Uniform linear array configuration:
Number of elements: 24
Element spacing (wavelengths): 1
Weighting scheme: hamming
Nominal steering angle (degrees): -15
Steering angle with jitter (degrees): -15.072
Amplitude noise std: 0.05
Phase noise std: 0.05

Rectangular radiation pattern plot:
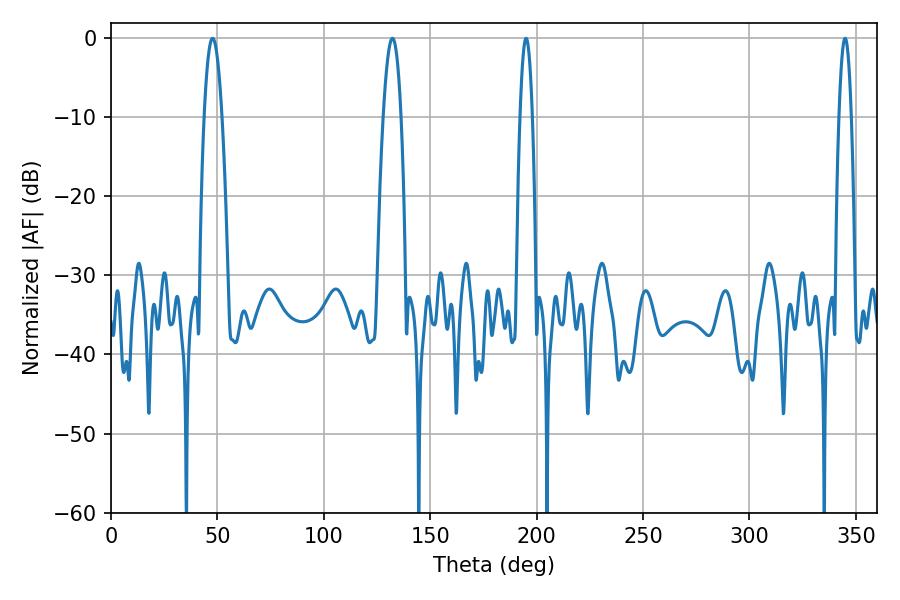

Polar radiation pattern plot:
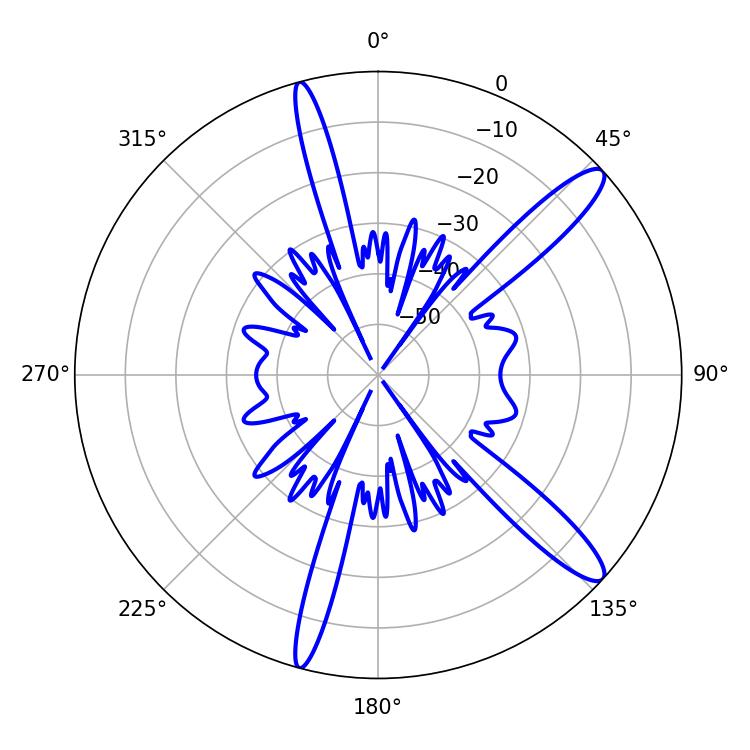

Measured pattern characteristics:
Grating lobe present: TRUE
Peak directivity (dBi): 13.108
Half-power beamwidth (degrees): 4.5
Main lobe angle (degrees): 47.7